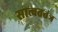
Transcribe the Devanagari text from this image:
सात्वततंत्र